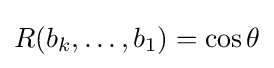
R(b_{k},\ldots ,b_{1})=\cos \theta